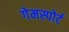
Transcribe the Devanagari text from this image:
गेमस्पोर्ट